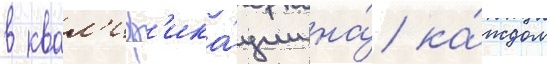
в квал'иф'ика́ции на́ ка́ждом